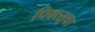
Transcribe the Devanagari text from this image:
पिक्त्सूचा